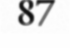
87